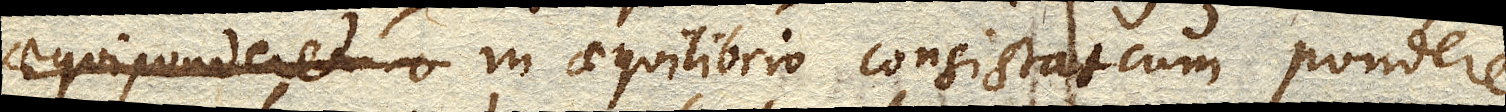
aequiponderet pressioni obnitentis tota vis in aequilibrio consistat cum pondere